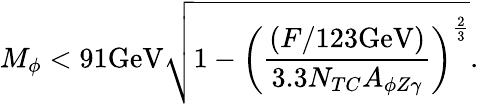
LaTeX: M_{\phi}<91\mathrm{GeV}\sqrt{1-\left({\frac{(F/123\mathrm{GeV})}{3.3N_{TC}A_{\phi Z\gamma}}}\right)^{\frac{2}{3}}}.